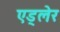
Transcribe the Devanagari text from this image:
एड्लेर